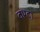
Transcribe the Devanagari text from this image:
वाग्दा